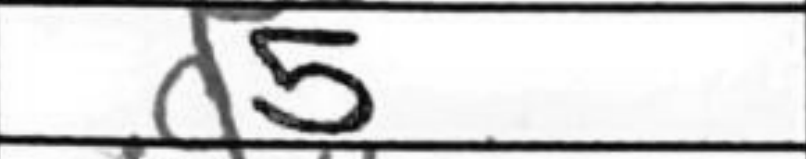
Transcription: d5